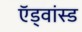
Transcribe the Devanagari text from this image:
ऍड्वांस्ड